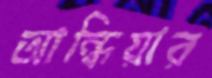
আন্ধিয়ার